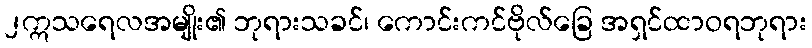
၂ဣသရေလအမျိုး၏ ဘုရားသခင်၊ ကောင်းကင်ဗိုလ်ခြေ အရှင်ထာဝရဘုရား